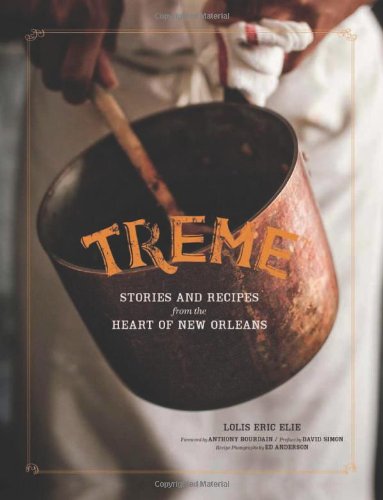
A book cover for Treme: Stories and Recipes from the Heart of New Orleans; Lolis Eric Elie; Cookbooks, Food & Wine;